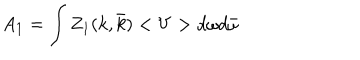
A _ { 1 } = \int Z _ { 1 } ( k , \bar { k } ) < V > d \omega d \bar { \omega }